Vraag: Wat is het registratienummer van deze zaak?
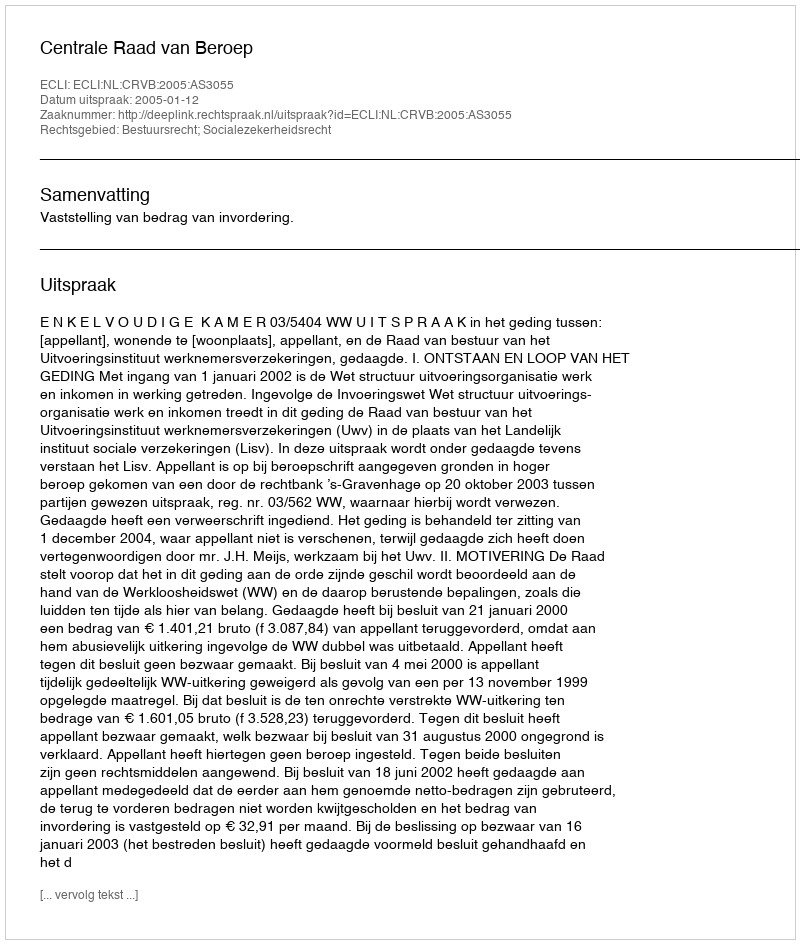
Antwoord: http://deeplink.rechtspraak.nl/uitspraak?id=ECLI:NL:CRVB:2005:AS3055